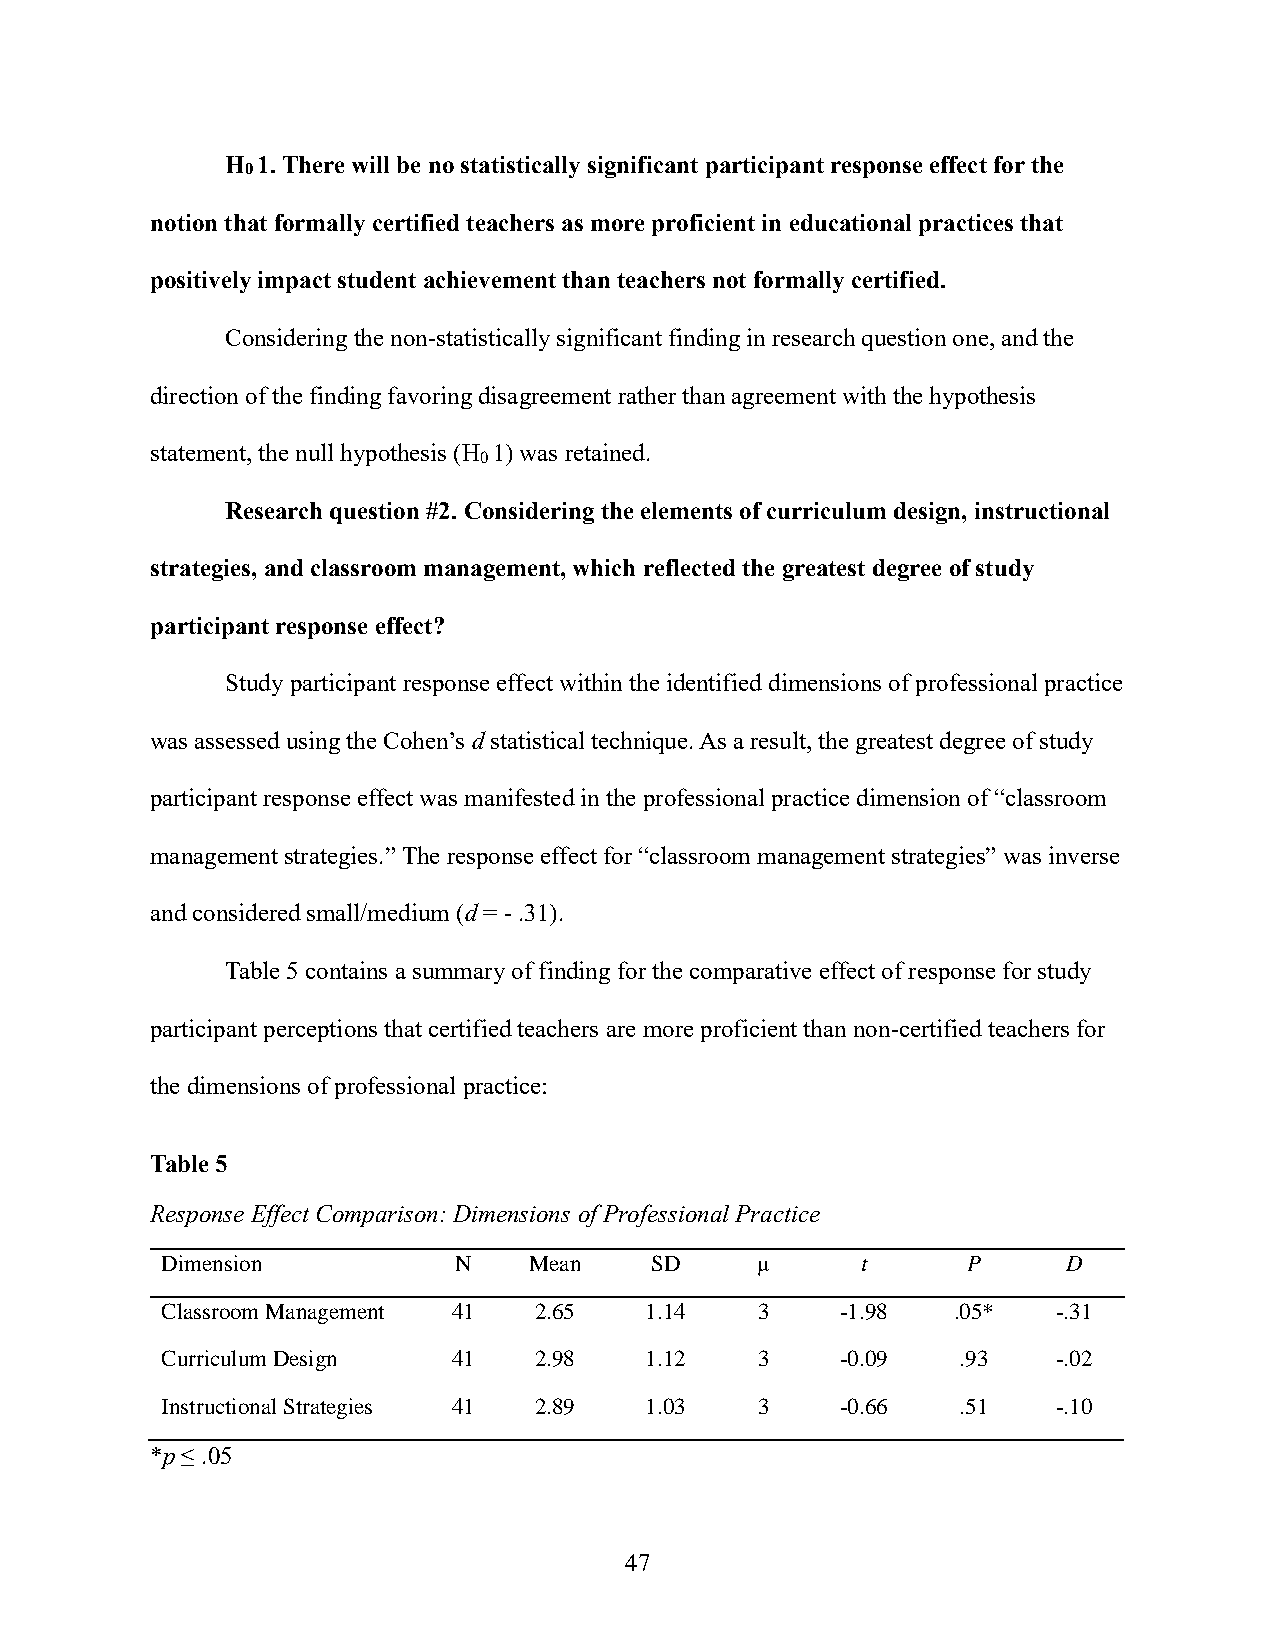
H 1. There will be no statistically significant participant response effect for the
 0
 notion that formally certified teachers as more proficient in educational practices that
 positively impact student achievement than teachers not formally certified.
 Considering the non-statistically significant finding in research question one, and the
 direction of the finding favoring disagreement rather than agreement with the hypothesis
 statement, the null hypothesis (H 1) was retained.
 0
 Research question #2. Considering the elements of curriculum design, instructional
 strategies, and classroom management, which reflected the greatest degree of study
 participant response effect?
 Study participant response effect within the identified dimensions of professional practice
 was assessed using the Cohen’s d statistical technique. As a result, the greatest degree of study
 participant response effect was manifested in the professional practice dimension of “classroom
 management strategies.” The response effect for “classroom management strategies” was inverse
 and considered small/medium (d = - .31).
 Table 5 contains a summary of finding for the comparative effect of response for study
 participant perceptions that certified teachers are more proficient than non-certified teachers for
 the dimensions of professional practice:
 Table 5
 Response Effect Comparison: Dimensions of Professional Practice
 Dimension          N    Mean    SD     μ      t      P      D
 Classroom Management 41 2.65    1.14   3     -1.98  .05*   -.31
 Curriculum Design  41   2.98    1.12   3     -0.09   .93   -.02
 Instructional Strategies 41 2.89 1.03  3     -0.66   .51   -.10
 *p ≤ .05
 47